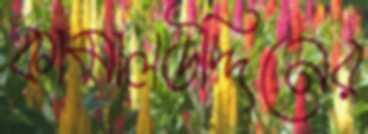
কামালউদ্দিনের